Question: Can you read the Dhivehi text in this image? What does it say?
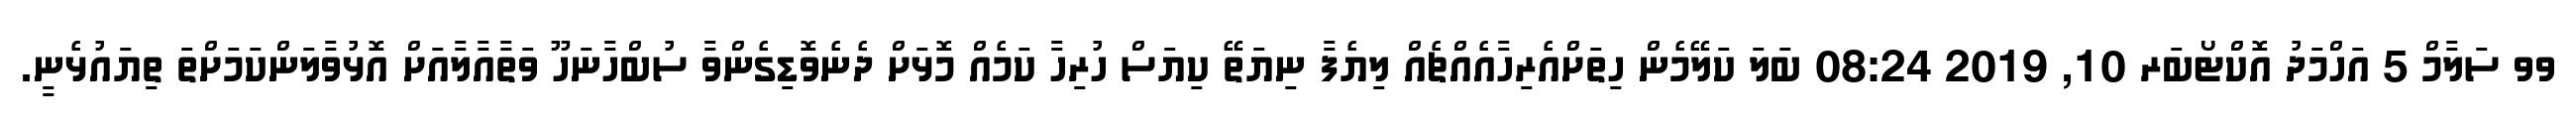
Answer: ވވ ސަލާމް 5 އަހްމަދު އޮކްޓޯބަރ 10, 2019 08:24 ބަލަ ކަލޭމެން ހިތަށްއެރިހާއެއްޗެއް ލިޔެފާ ނިޔަތޭ ކިޔަސް ހުރިހާ ކަމެއް މޮޅަށް ދެނެވޮޑިގެންވާ ސުބްހާނަހޫ ވަތާއާލާއަށް އޮޅުވާލަންކަމަށްތަ ތިޔައުޅެނީ.